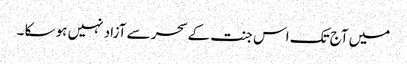
میں آج تک اس جنت کے سحر سے آزاد نہیں ہو سکا ۔